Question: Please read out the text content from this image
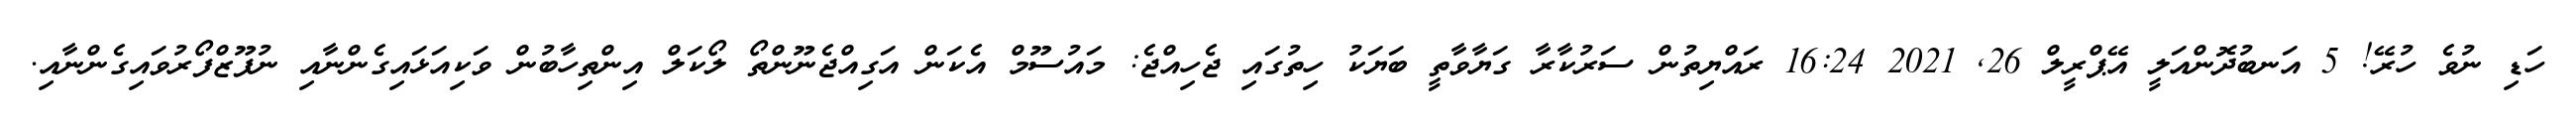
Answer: ހަޑި ނުވެ ހުރޭ! 5 އަނބުދޮންއަލީ އޭޕްރީލް 26, 2021 16:24 ރައްޔިތުން ސަރުކާރާ ގަޔާވާތީ ބަޔަކު ހިތުގައި ޖެހިއްޖެ: މައުސޫމް އެކަން އަގިއްޖެނޫންތޯ ލޯކަލް އިންތިހާބުން ވަކިއަޅައިގެންނާއި ނުފޫޒްފޯރުވައިގެންނާއި.